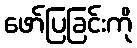
ဖော်ပြခြင်းကို